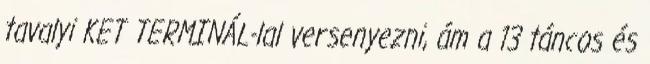
tavalyi KET TERMINÁL-lal versenyezni, ám a 13 táncos és